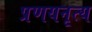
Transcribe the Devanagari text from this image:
प्रणयनृत्य